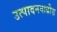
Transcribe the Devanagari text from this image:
उत्पादनवाढीस